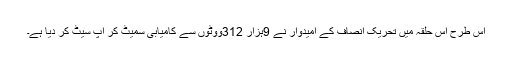
اس طرح اس حلقہ میں تحریک انصاف کے امیدوار نے 9ہزار 312ووٹوں سے کامیابی سمیٹ کر اپ سیٹ کر دیا ہے۔